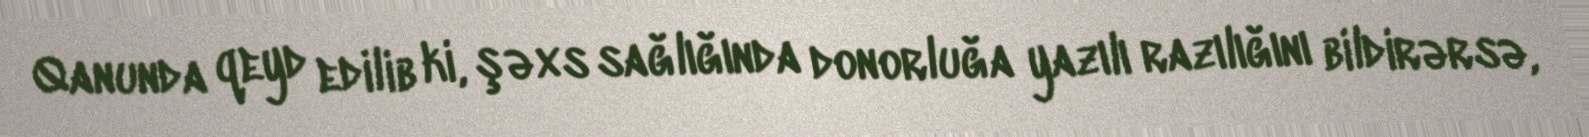
Qanunda qeyd edilib ki, şəxs sağlığında donorluğa yazılı razılığını bildirərsə,